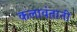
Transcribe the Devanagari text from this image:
कलावंतानी